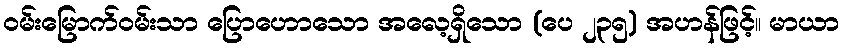
ဝမ်းမြောက်ဝမ်းသာ ပြောဟောသော အလေ့ရှိသော (ပေ ၂၃၅) အဟန်ဖြင့်။ မာယာ